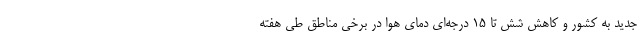
جدید به کشور و کاهش شش تا 15 درجه‌ای دمای هوا در برخی مناطق طی هفته